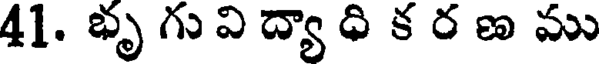
41. భృ గు వి ద్యా ధి క ర ణ ము